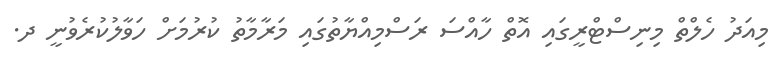
މިއަދު ހެލްތް މިނިސްޓްރީގައި އޮތް ހާއްސަ ރަސްމިއްޔާތުގައި މަރާމާތު ކުުރުމަށް ހަވާލުކުރެވުނީ ދ.